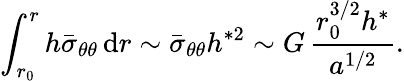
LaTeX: \int_{r_{0}}^{r}h\bar{\sigma}_{\theta\theta}\, \mathrm{d}r\sim\bar{\sigma}_{\theta\theta}h^{*2}\sim G\, \frac{r_{0}^{3/2}h^{*}}{a^{1/2}}.